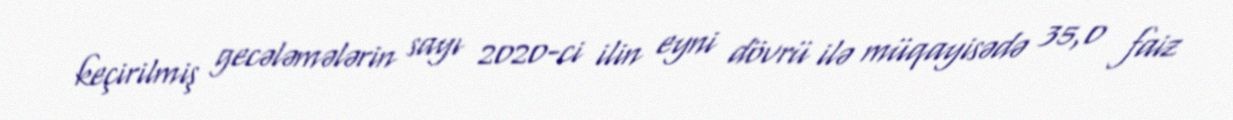
keçirilmiş gecələmələrin sayı 2020-ci ilin eyni dövrü ilə müqayisədə 35,0 faiz